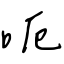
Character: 呃